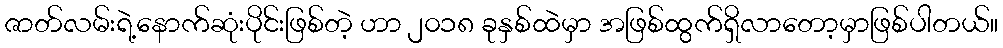
ဇာတ်လမ်းရဲ့နောက်ဆုံးပိုင်းဖြစ်တဲ့ ဟာ ၂၀၁၈ ခုနှစ်ထဲမှာ အဖြစ်ထွက်ရှိလာတော့မှာဖြစ်ပါတယ်။